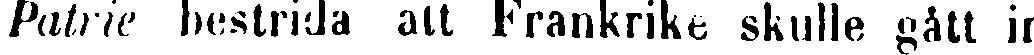
Patrie bestrida att Frankrike skulle gått in